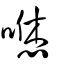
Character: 𠹎